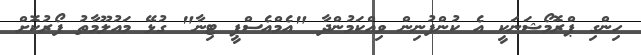
ހިންގި ޕްރޮމޯޝަނަކީ އެ ކުންފުނިން ވިއްކަމުންދާ "އެމްއެސްޕީ ޓިނާ" ގުޅޭ މައުލޫމާތު ފޯރުކޮށް